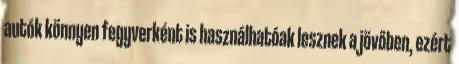
autók könnyen fegyverként is használhatóak lesznek a jövőben, ezért